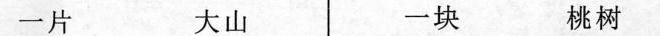
一片 大山 一块 桃树